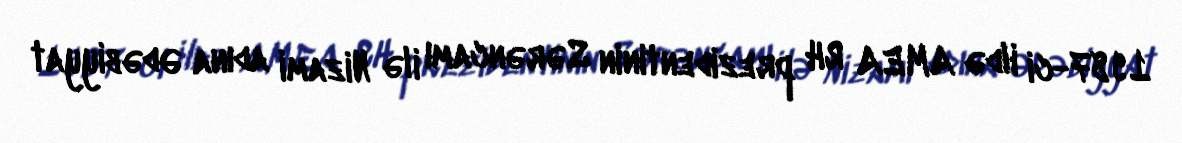
1987-ci ildə AMEA RH prezidentinin Sərəncamı ilə Nizami adına Ədəbiyyat